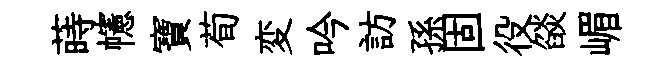
蒔幰寶荀変吟訪孫固役燄嵋